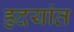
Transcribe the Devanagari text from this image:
हृदयांत